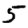
Digit: 5